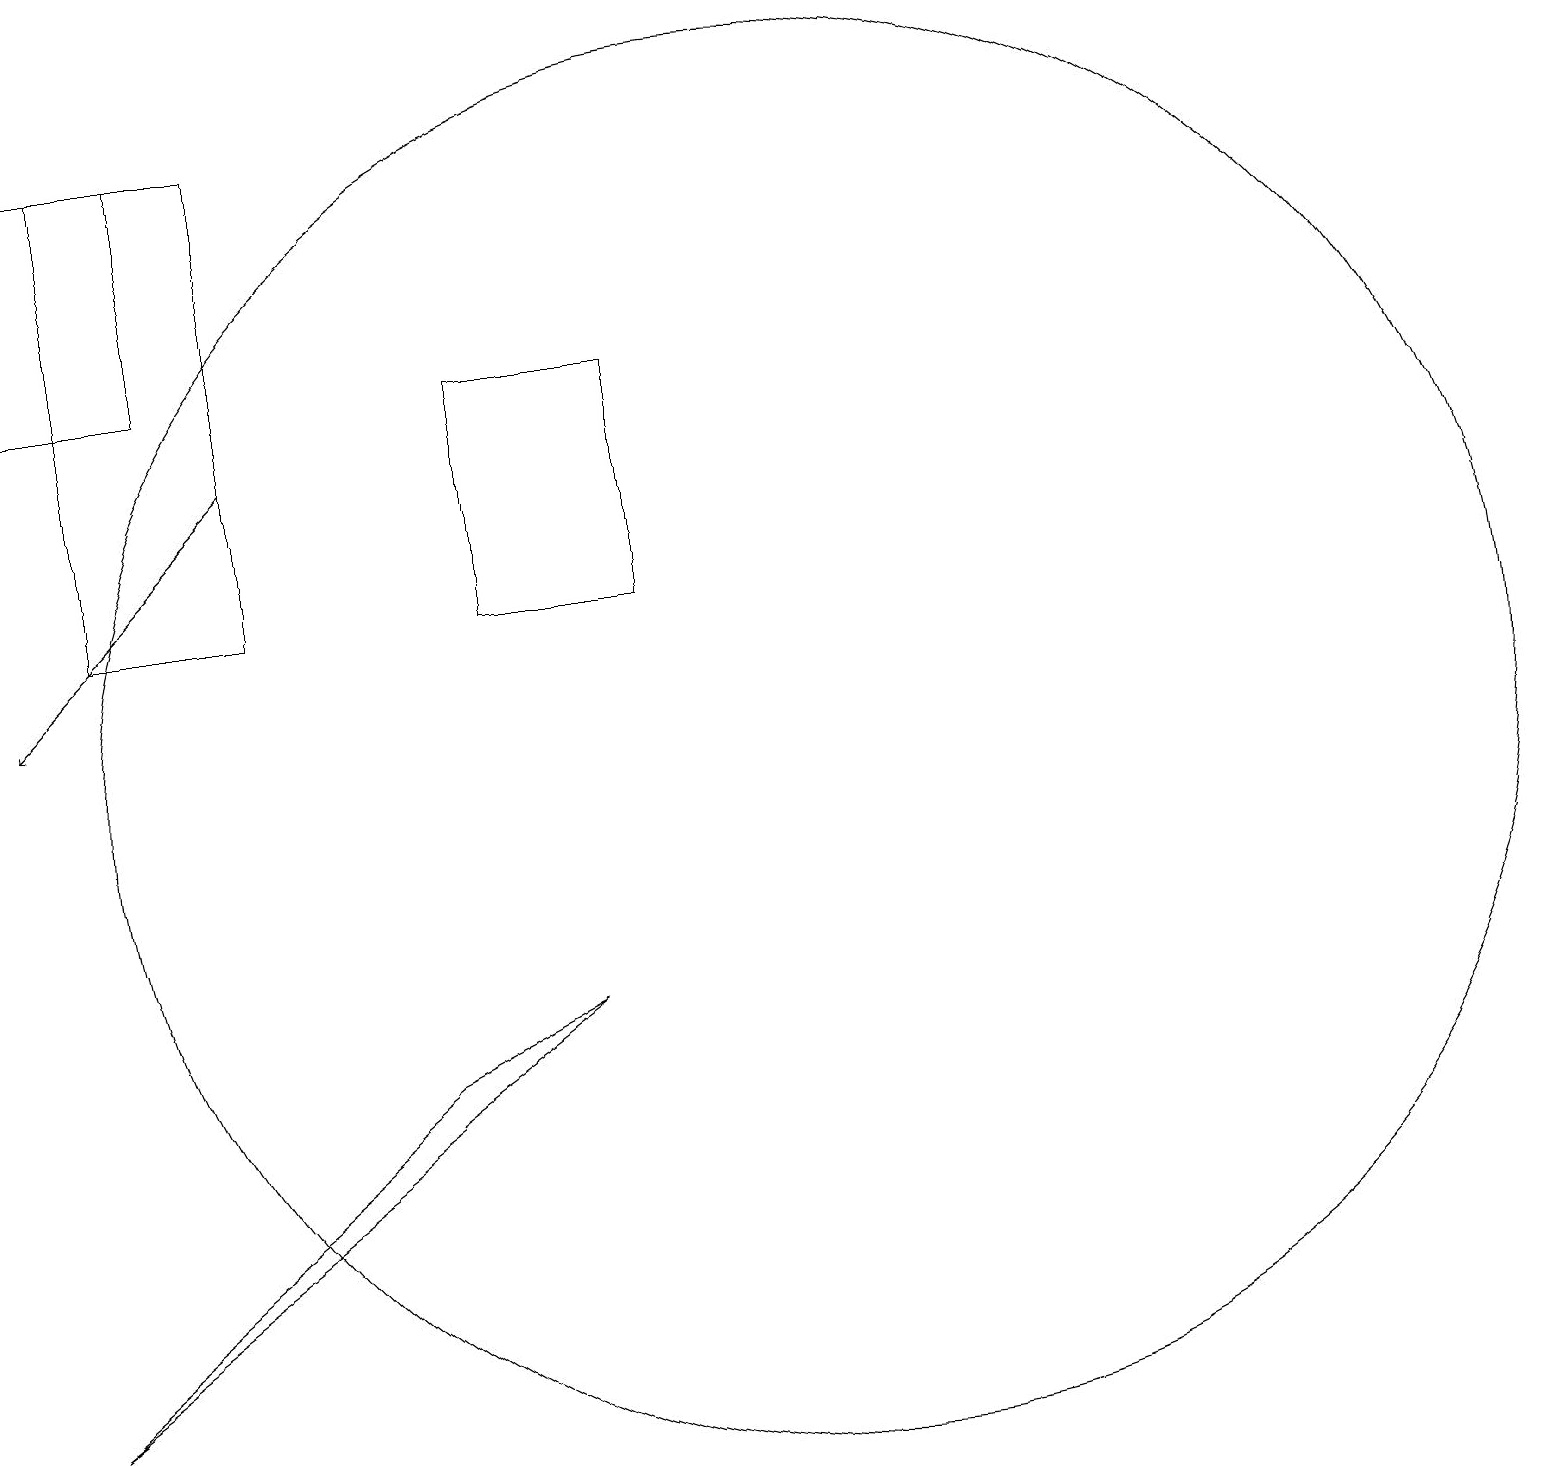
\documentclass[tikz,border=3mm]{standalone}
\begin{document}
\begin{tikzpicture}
\draw (10,10) circle (9);
\draw (2,18) rectangle (0,15);
\draw (3,12) rectangle (1,18);
\draw[->] (3,14) -- (0,11);
\draw (8,12) rectangle (6,15);
\draw (5,6) -- (0,2) -- (7,7) -- cycle;
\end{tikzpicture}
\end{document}